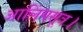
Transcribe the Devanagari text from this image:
आलिंगसूत्र।